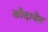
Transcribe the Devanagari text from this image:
खोदावेत